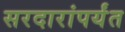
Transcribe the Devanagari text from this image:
सरदारांपर्यंत